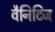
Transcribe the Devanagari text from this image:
वैनिटिज